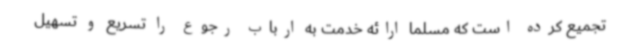
تجمیع کرده است که مسلما ارائه خدمت به ارباب رجوع را تسریع و تسهیل